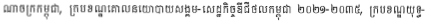
ណាចក្រកម្ពុជា, ក្របខណ្ឌគោលនយោបាយសង្គម-សេដ្ឋកិច្ចឌីជីថលកម្ពុជា ២០២១-២០៣៥, ក្របខណ្ឌយុទ្ធ-